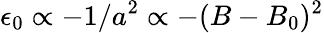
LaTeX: \epsilon_{0}\propto-1/a^{2}\propto-(B-B_{0})^{2}